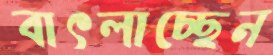
বাৎলাচ্ছেন